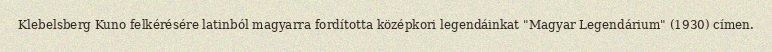
Klebelsberg Kuno felkérésére latinból magyarra fordította középkori legendáinkat "Magyar Legendárium" (1930) címen.